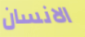
الانسان